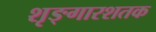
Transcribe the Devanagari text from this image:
शृङ्गारशतक